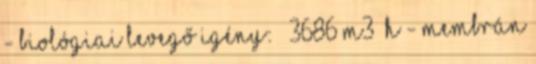
- Biológiai levegő igény: – 3686 m3 h - Membrán